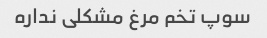
سوپ تخم مرغ مشکلی نداره